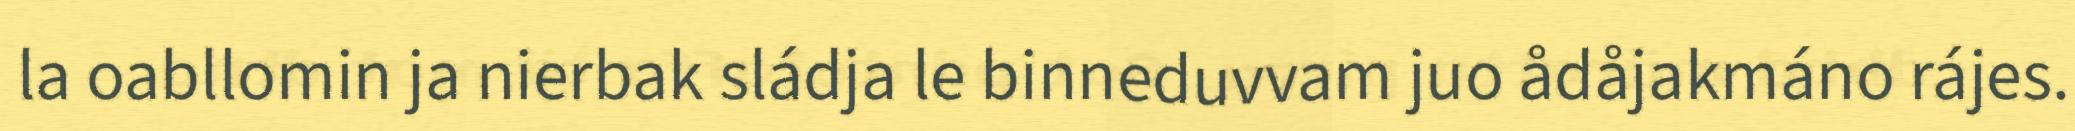
la oabllomin ja nierbak sládja le binneduvvam juo ådåjakmáno rájes.